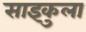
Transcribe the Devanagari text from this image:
साइकुला